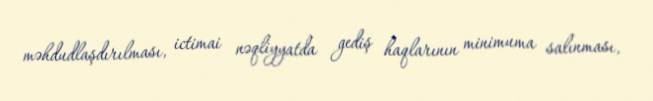
məhdudlaşdırılması, ictimai nəqliyyatda gediş haqlarının minimuma salınması,